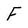
Character: F